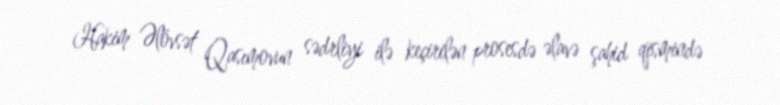
Hakim Əlövsət Qasımovun sədrliyi ilə keçirilən prosesdə əlavə şahid qismində